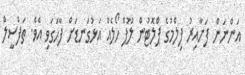
އަންނަން ފަށާއިރު ފިލްމުގެ ޕްލޮޓުން ލޫޕް ހޯލެއް އަޅުގަނޑަށް ފާހަގަވި އެވެ. ތަފްސީލް